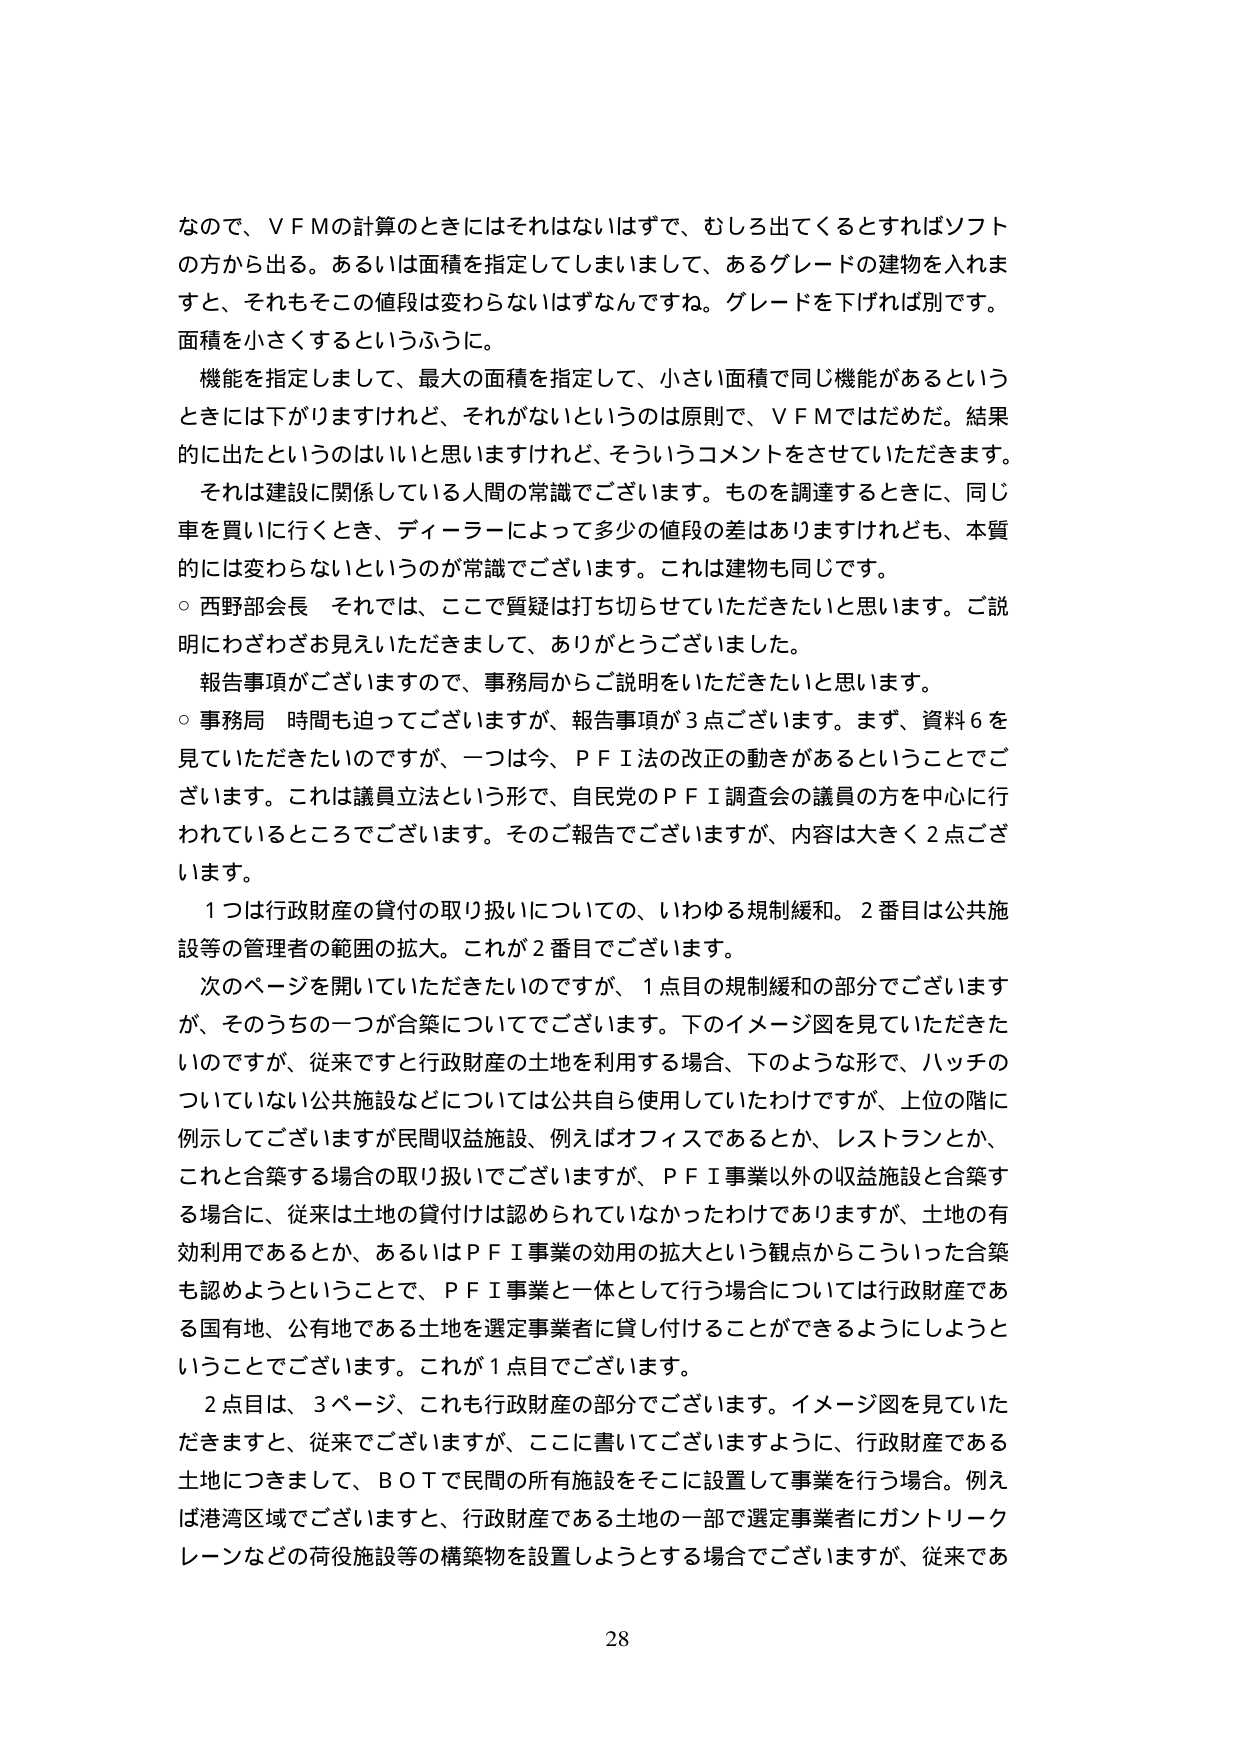
なので、ＶＦＭの計算のときにはそれはないはずで、むしろ出てくるとすればソフトの方から出る。あるいは面積を指定してしまいまして、あるグレードの建物を入れますと、それもそこの値段は変わらないはずなんですね。グレードを下げれば別です。面積を小さくするというふうに。

機能を指定しまして、最大の面積を指定して、小さい面積で同じ機能があるというときには下がりますけれど、それがないというのは原則で、ＶＦＭではだめだ。結果的に出たというのはいいと思いますけれど、そういうコメントをさせていただきます。

それは建設に関係している人間の常識でございます。ものを調達するときに、同じ車を買いに行くとき、ディーラーによって多少の値段の差はありますけれども、本質的には変わらないというのが常識でございます。これは建物も同じです。

○ 西野部会長 それでは、ここで質疑は打ち切らせていただきたいと思います。ご説明にわざわざお見えいただきまして、ありがとうございました。

報告事項がございますので、事務局からご説明をいただきたいと思います。

○ 事務局 時間も迫ってございますが、報告事項が3点ございます。まず、資料6を見ていただきたいのですが、一つは今、ＰＦＩ法の改正の動きがあるということでございます。これは議員立法という形で、自民党のＰＦＩ調査会の議員の方を中心に行われているところでございます。そのご報告でございますが、内容は大きく2点ございます。

1つは行政財産の貸付の取り扱いについての、いわゆる規制緩和。2番目は公共施設等の管理者の範囲の拡大。これが2番目でございます。

次のページを開いていただきたいのですが、1点目の規制緩和の部分でございますが、そのうちの一つが合築についてでございます。下のイメージ図を見ていただきたいのですが、従来ですと行政財産の土地を利用する場合、下のような形で、ハッチのついていない公共施設などについては公共自ら使用していたわけですが、上位の階に例示してございますが民間収益施設、例えばオフィスであるとか、レストランとか、これと合築する場合の取り扱いでございますが、ＰＦＩ事業以外の収益施設と合築する場合に、従来は土地の貸付けは認められていなかったわけでありますが、土地の有効利用であるとか、あるいはＰＦＩ事業の効用の拡大という観点からこういった合築も認めようということで、ＰＦＩ事業と一体として行う場合については行政財産である国有地、公有地である土地を選定事業者に貸し付けることができるようにしようということでございます。これが1点目でございます。

2点目は、3ページ、これも行政財産の部分でございます。イメージ図を見ていただきますと、従来でございますが、ここに書いてございますように、行政財産である土地につきまして、ＢＯＴで民間の所有施設をそこに設置して事業を行う場合。例えば港湾区域でございますと、行政財産である土地の一部で選定事業者にガントリークレーンなどの荷役施設等の構築物を設置しようとする場合でございますが、従来であ

28